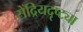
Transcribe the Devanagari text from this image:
सेंद्रियदृष्ट्या